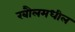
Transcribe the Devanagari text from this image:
रबौलमधील